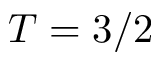
T = 3 / 2